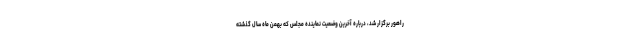
راهور برگزار شد، درباره آخرین وضعیت نماینده مجلس که بهمن ماه سال گذشته